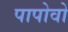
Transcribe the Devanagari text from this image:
पापोवो